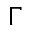
\Gamma